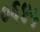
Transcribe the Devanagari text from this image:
०६४५